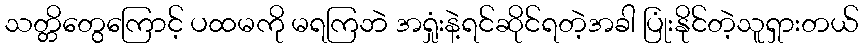
သတ္တိတွေကြောင့် ပထမကို မရကြဘဲ အရှုံးနဲ့ရင်ဆိုင်ရတဲ့အခါ ပြုံးနိုင်တဲ့သူရှားတယ်